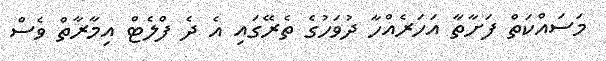
މަސައްކަތް ފަށާތާ އަހަރެއްހާ ދުވަހުގެ ތެރޭގައި އެ ދެ ފްލެޓް އިމާރާތް ވެސް